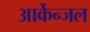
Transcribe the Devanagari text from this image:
आर्केन्जल